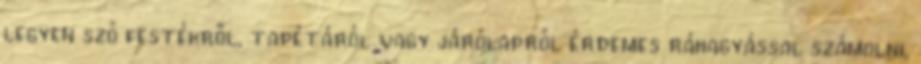
legyen szó festékről, tapétáról vagy járólapról érdemes ráhagyással számolni,